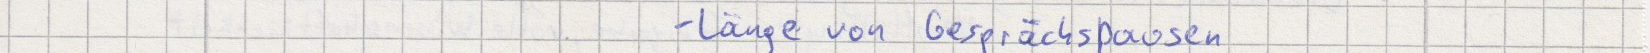
- Länge von Gesprächspausen